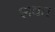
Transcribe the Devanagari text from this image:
शवत